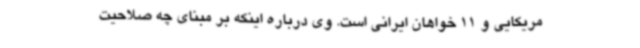
مریکایی و 11 خواهان ایرانی است. وی درباره اینکه بر مبنای چه صلاحیت